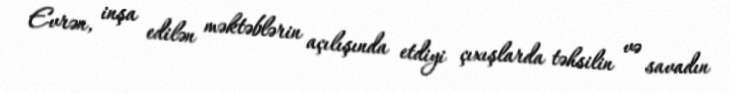
Evrən, inşa edilən məktəblərin açılışında etdiyi çıxışlarda təhsilin və savadın